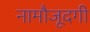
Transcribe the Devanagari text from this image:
नामौजूदगी